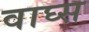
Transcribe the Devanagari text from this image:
वाघ्स